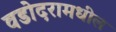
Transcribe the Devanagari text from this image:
वडोदरामधील